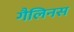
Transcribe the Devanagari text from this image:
गैलिनस